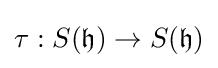
\tau :S({\mathfrak {h}})\rightarrow S({\mathfrak {h}})